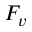
F _ { v }